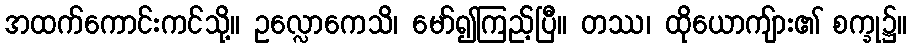
အထက်ကောင်းကင်သို့။ ဥလ္လောကေသိ၊ မော်၍ကြည့်ပြီ။ တဿ၊ ထိုယောကျ်ား၏ စက္ခု၌။